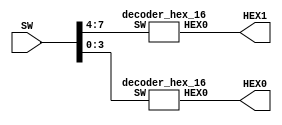
module PS3_ZAD2(
	input [7:0] SW,
	output [0:6] HEX0, HEX1);

	
	decoder_hex_16 ex0(SW[7:4], HEX1[0:6]);
	decoder_hex_16 ex1(SW[3:0], HEX0[0:6]);
	
endmodule
module decoder_hex_16(
	input [3:0] SW,
	output reg [0:6] HEX0);

	always @(*)
		
		
	
		casex(SW)
			0: HEX0=7'b0000001;
			1: HEX0=7'b1001111;
			2: HEX0=7'b0010010;
			3: HEX0=7'b0000110;
			4: HEX0=7'b1001100;
			5: HEX0=7'b0100100;
			6: HEX0=7'b0100000;
			7: HEX0=7'b0001111;
			8: HEX0=7'b0000000;
			9: HEX0=7'b0000100;
			
			10: HEX0=7'b0001000;//A
			11: HEX0=7'b1100000;//b
			12: HEX0=7'b0110001;//C
			13: HEX0=7'b1000010;//d
			14: HEX0=7'b0110000;//E
			15: HEX0=7'b0111000;//F
			
			default: HEX0=7'b1111111;
		endcase
endmodule